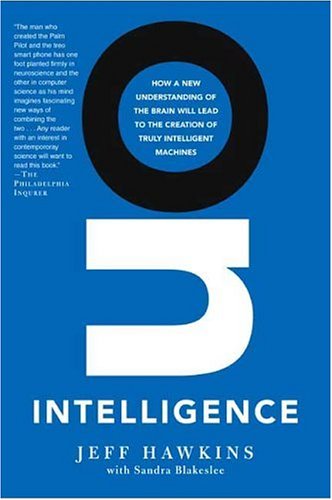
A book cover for On Intelligence; Jeff Hawkins; Computers & Technology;